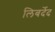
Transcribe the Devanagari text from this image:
लिबर्देद